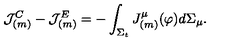
{ \cal J } _ { ( m ) } ^ { C } - { \cal J } _ { ( m ) } ^ { E } = - \int _ { \Sigma _ { t } } J _ { ( m ) } ^ { \mu } ( \varphi ) d \Sigma _ { \mu } .